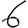
Digit: 6